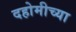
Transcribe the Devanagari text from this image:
दहोमीच्या